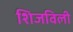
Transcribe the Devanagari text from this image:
शिजविली